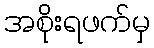
အစိုးရဖက်မှ